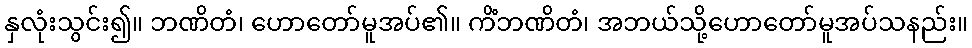
နှလုံးသွင်း၍။ ဘဏိတံ၊ ဟောတော်မူအပ်၏။ ကိံဘဏိတံ၊ အဘယ်သို့ဟောတော်မူအပ်သနည်း။